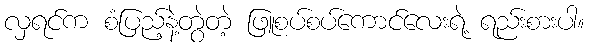
လှရင်က စံပြည့်နဲ့တွဲတဲ့ ဖြူစပ်စပ်ကောင်လေးရဲ့ ရည်းစားပါ။